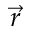
\vec { r }